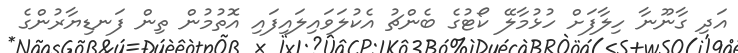
އަދި ގާނޫނާ ހިލާފަށް ހުޅުމާލޭ ކޯޓުގެ ބެންޗު އެކުލަވައިލައިފައި އޮތުމުން ތިން ފަނޑިޔާރުންގެ